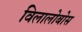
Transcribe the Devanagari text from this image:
विलालोबोस